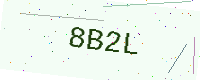
Text: 8B2L